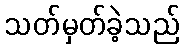
သတ်မှတ်ခဲ့သည်